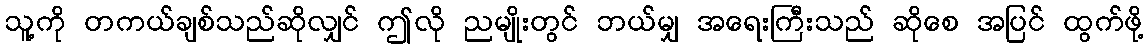
သူ့ကို တကယ်ချစ်သည်ဆိုလျှင် ဤလို ညမျိုးတွင် ဘယ်မျှ အရေးကြီးသည် ဆိုစေ အပြင် ထွက်ဖို့